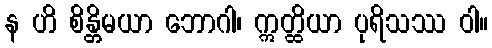
န ဟိ စိန္တိမယာ ဘောဂါ၊ ဣတ္ထိယာ ပုရိသဿ ဝါ။